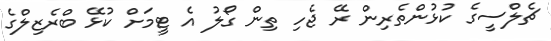
ޗެލްސީގެ ކުޅުންތެރިން ރޭ ޖެހި ތިން ގޯލު އެ ޓީމަށް ކުޅޭ ބްރެޒިލްގެ